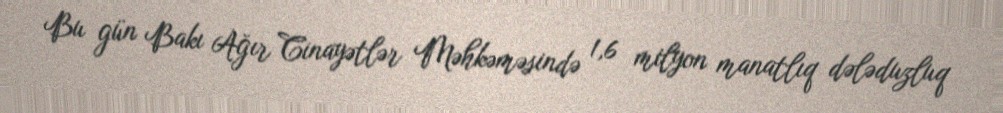
Bu gün Bakı Ağır Cinayətlər Məhkəməsində 1,6 milyon manatlıq dələduzluq